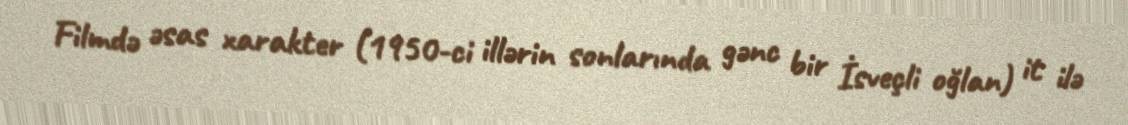
Filmdə əsas xarakter (1950-ci illərin sonlarında gənc bir İsveçli oğlan) it ilə